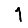
Digit: 1